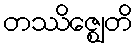
တဿိဇ္ဈေတိ